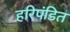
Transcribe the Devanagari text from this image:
हरिपंडित